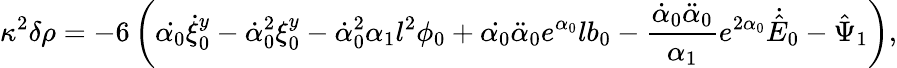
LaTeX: \kappa^{2}\delta\rho=-6\left(\dot{\alpha_{0}}\dot{\xi}_{0}^{y}-\dot{\alpha}_{0}^{2}\xi_{0}^{y}-\dot{\alpha}_{0}^{2}\alpha_{1}l^{2}\phi_{0}+\dot{\alpha_{0}}\ddot{\alpha}_{0}e^{\alpha_{0}}lb_{0}-\frac{\dot{\alpha}_{0}\ddot{\alpha}_{0}}{\alpha_{1}}e^{2\alpha_{0}}\dot{\hat{E}}_{0}-\hat{\Psi}_{1}\right),